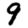
Digit: 9